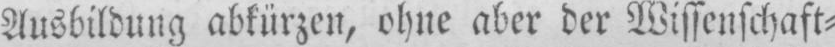
Ausbildung abkürzen, ohne aber der Wissenschaft⸗